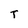
Character: T